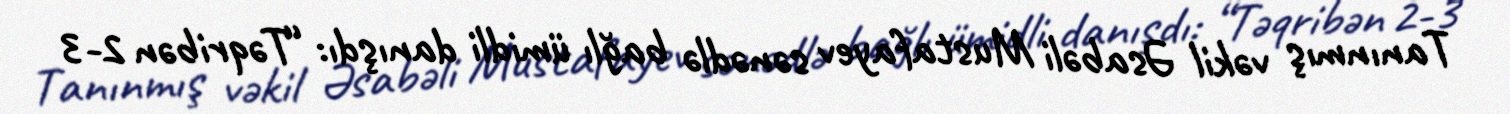
Tanınmış vəkil Əsabəli Mustafayev sənədlə bağlı ümidli danışdı: “Təqribən 2-3